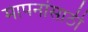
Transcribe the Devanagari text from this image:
मापनांसाठी